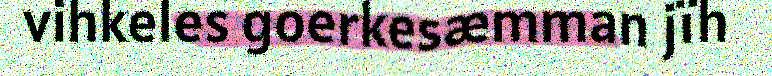
vihkeles goerkesæmman jïh